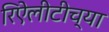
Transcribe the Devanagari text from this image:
रिऐलीटीच्या